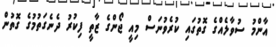
އާންމު ސުވާލެއްގެ ގޮތުގައި ކުރެވުނަސް މިއީ ޖޯންގެ ޒާތީ ފިކުރު ދެނެގަތުމުގެ ގޮތުން